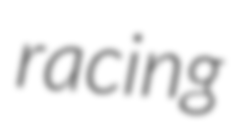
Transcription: racing